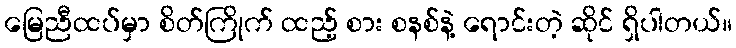
မြေညီထပ်မှာ စိတ်ကြိုက် ထည့် စား စနစ်နဲ့ ရောင်းတဲ့ ဆိုင် ရှိပါတယ်။